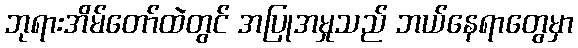
ဘုရားအိမ်တော်ထဲတွင် အပြုအမှုသည် ဘယ်နေရာတွေမှာ